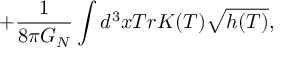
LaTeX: + \frac { 1 } { 8 \pi G _ { N } } \int d ^ { 3 } x T r K ( T ) \sqrt { h ( T ) } ,